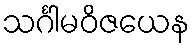
သင်္ဂါမဝိဇယေန